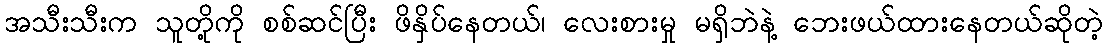
အသီးသီးက သူတို့ကို စစ်ဆင်ပြီး ဖိနှိပ်နေတယ်၊ လေးစားမှု မရှိဘဲနဲ့ ဘေးဖယ်ထားနေတယ်ဆိုတဲ့